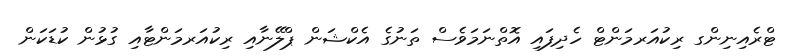
ޓްރެއިނިންގ ރިކުއަރމަންޓް ހެދިފައި އޮތްނަމަވެސް ތަނުގެ އެކްޝަން ޕްލޭނާއި ރިކުއަރމަންޓާއި ގުޅުން ކުޑަކަން